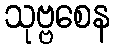
သုဗ္ဗစေန